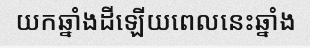
យកឆ្នាំងដីឡើយពេលនេះឆ្នាំង